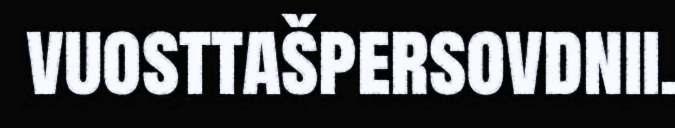
vuosttašpersovdnii.